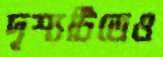
দৃশ্যটিতেও